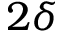
2 \delta